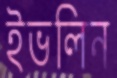
ইভলিন